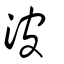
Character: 波